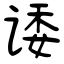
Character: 诿